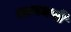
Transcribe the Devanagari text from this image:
लायनची